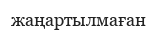
жаңартылмаған